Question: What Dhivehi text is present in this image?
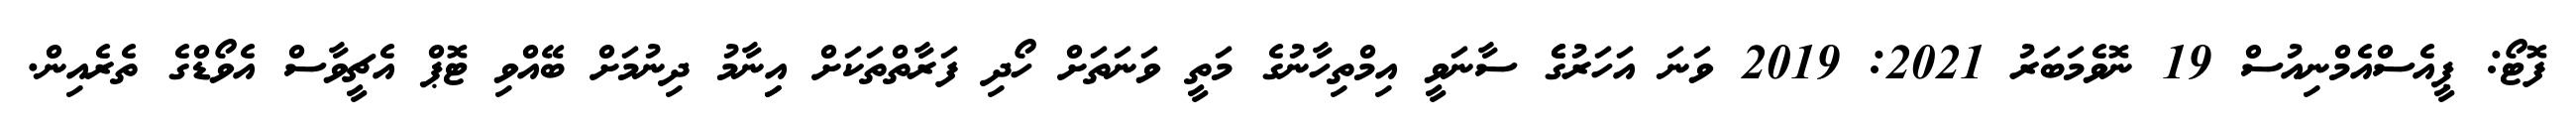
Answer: ފޮޓޯ: ޕީއެސްއެމްނިއުސް 19 ނޮވެމަބަރު 2021: 2019 ވަނަ އަހަރުގެެ ސާނަވީ އިމްތިހާނުގެ މަތީ ވަނަތަށް ހޯދި ފަރާތްތަކަށް އިިނާމު ދިނުމަށް ބޭއްވި ޓޮޕް އެޗީވާސް އެވޯޑްގެ ތެރެއިން.